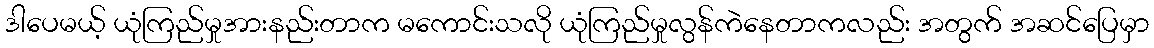
ဒါပေမယ့် ယုံကြည်မှုအားနည်းတာက မကောင်းသလို ယုံကြည်မှုလွန်ကဲနေတာကလည်း အတွက် အဆင်ပြေမှာ